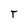
Character: r